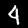
Label: 4